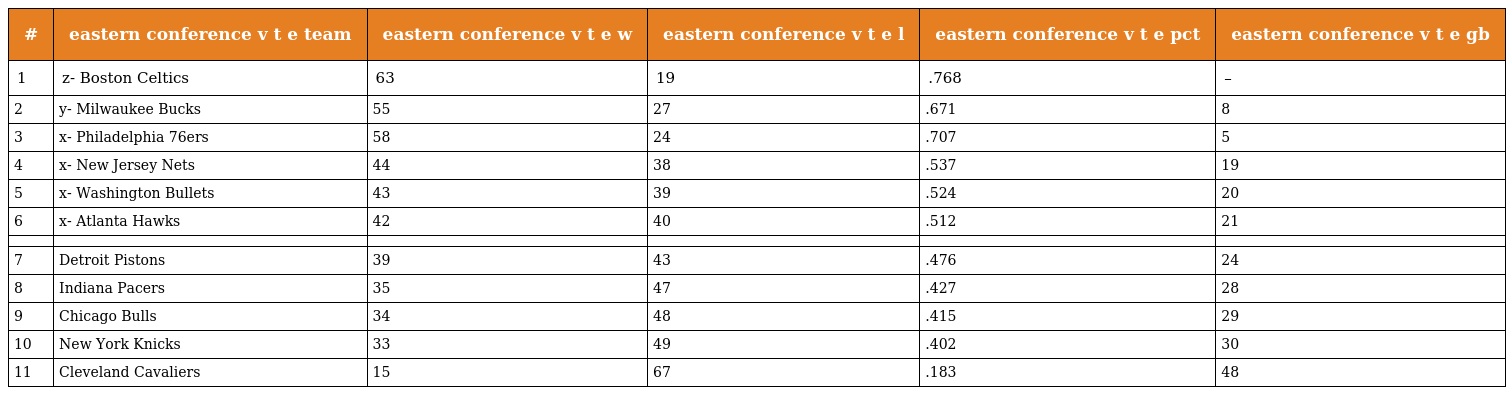
| # | eastern conference v t e team | eastern conference v t e w | eastern conference v t e l | eastern conference v t e pct | eastern conference v t e gb |
 | --- | --- | --- | --- | --- | --- |
 | 1 | z- Boston Celtics | 63 | 19 | .768 | – |
 | 2 | y- Milwaukee Bucks | 55 | 27 | .671 | 8 |
 | 3 | x- Philadelphia 76ers | 58 | 24 | .707 | 5 |
 | 4 | x- New Jersey Nets | 44 | 38 | .537 | 19 |
 | 5 | x- Washington Bullets | 43 | 39 | .524 | 20 |
 | 6 | x- Atlanta Hawks | 42 | 40 | .512 | 21 |
 |  |  |  |  |  |  |
 | 7 | Detroit Pistons | 39 | 43 | .476 | 24 |
 | 8 | Indiana Pacers | 35 | 47 | .427 | 28 |
 | 9 | Chicago Bulls | 34 | 48 | .415 | 29 |
 | 10 | New York Knicks | 33 | 49 | .402 | 30 |
 | 11 | Cleveland Cavaliers | 15 | 67 | .183 | 48 |